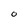
Character: O